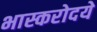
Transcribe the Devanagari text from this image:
भास्करोदये